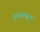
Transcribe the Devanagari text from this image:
सत्सन्ग्सुन